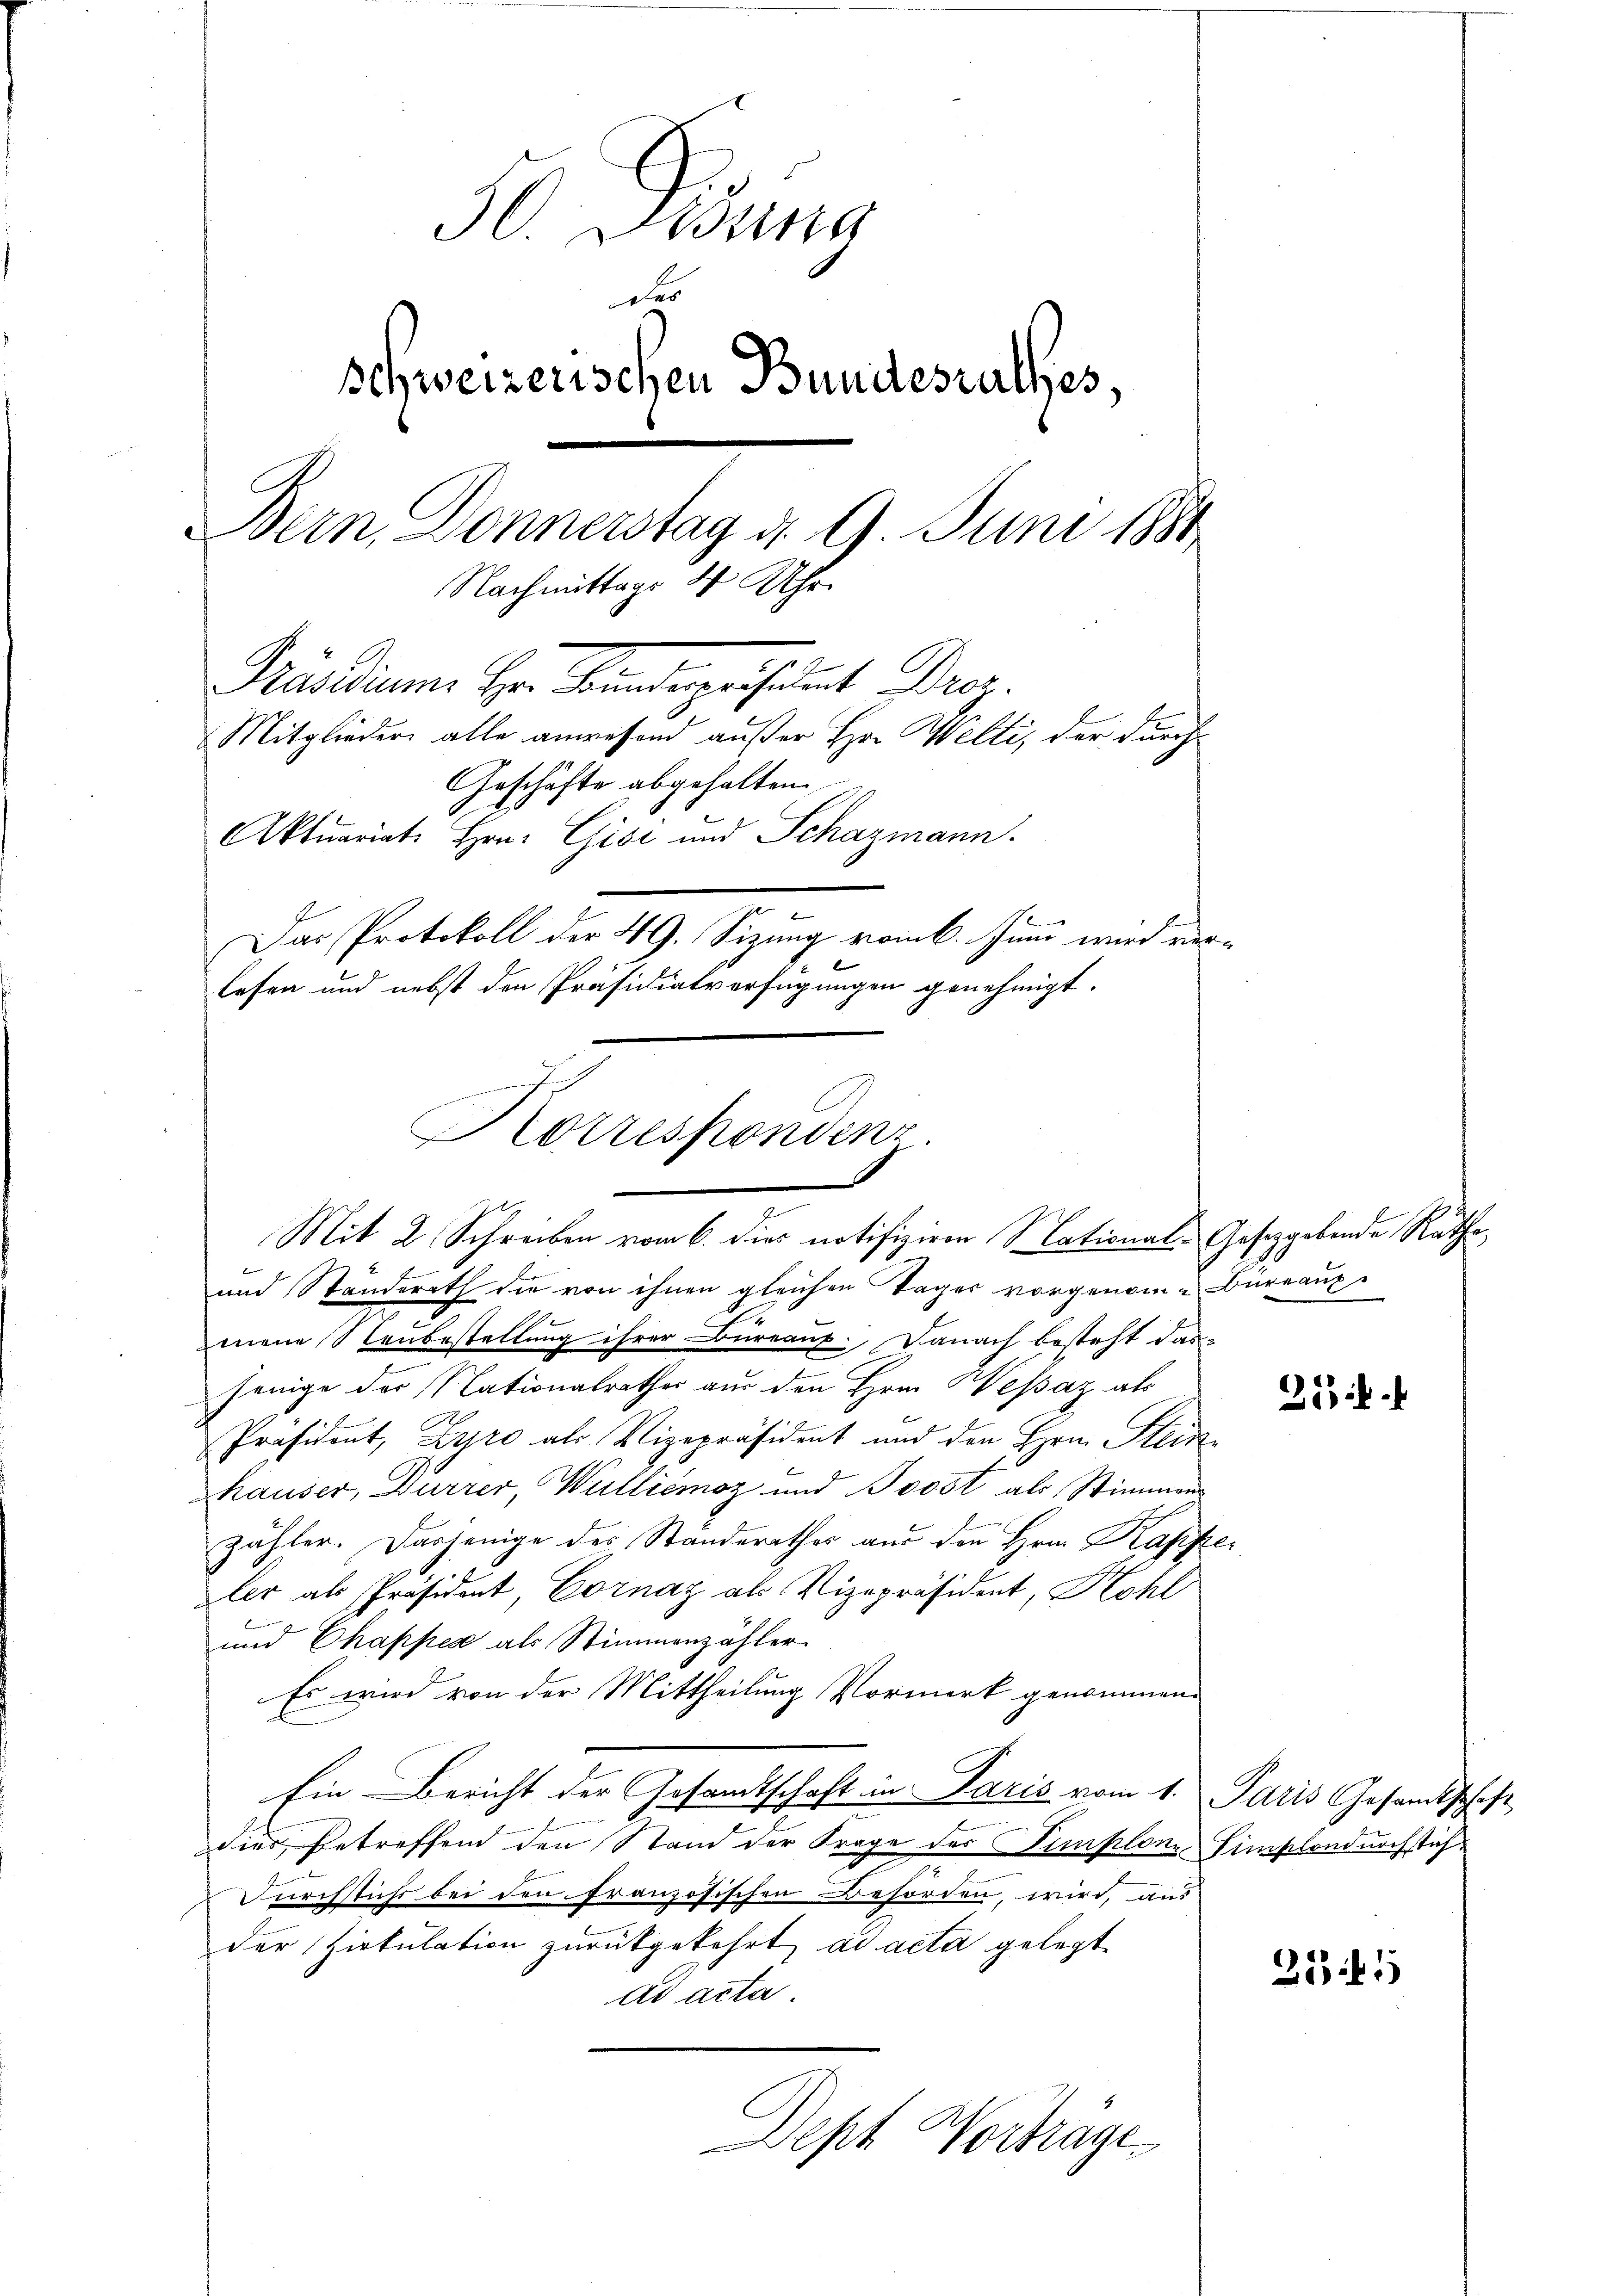
H. Prune
der
schweizerischen Bundesrathes,
Bern, Donnerstag d. 9 Juni 1880
Nachmittags 4 Uhr.
Präsidium. Hr. Badegäsident Droz.
Mitglieder alle anwesend außer Hr. Welti, der durch¬
Geschäfte abgehalten
Aktuariate Hrn. Gisi und Schazmann.
Das Protokoll der 49. Sitzung vom 6. Juni wird verlesen und nebst den Präsidialverfügungen genehmigt.

Korrespondenz.
Mit 2 Schreiben vom 6. dies notifiziren National-Gesetzgebende Rathe

und Standerath die von ihnen gleichen Tages vorgenom-Büreaupmene Neubestellung ihrer Bureaut. Danach besteht das-
jenige der Nationalrathes aus den Hrn. Hessaz als
Präsident, Zyro als Vizepräsident und den Hrn. Steinhauser, Dürrer, Wulliémoz und Boost als Stimmen
zähler. Dasjenige des Standerathes aus den Hrn. Kappeler als Präsident, Cornaz als Vizepräsident, Kohl
und Chappes als Stimmenzähler
Es wird von der Mittheilung Vormerk genommen.
Ein Bericht der Gesandtschaft in Paris vom 1. Juris Gesandtschaft
dier betreffend den Stand der Frage der Simplonz Simplondurch tüch¬
Durchsich bei den französischen Behörden, wird, aus
der Zirkulation zurückgekehrt, ad acta gelegt
ad acta.
Dept Vorträge

25.

255